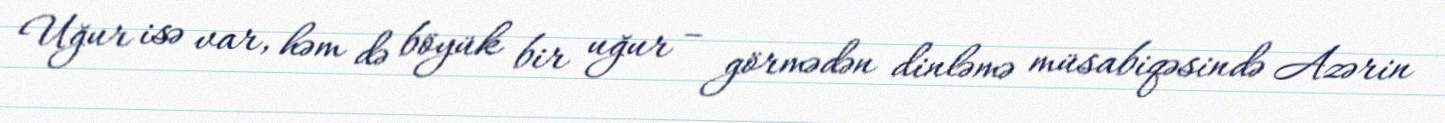
Uğur isə var, həm də böyük bir uğur – görmədən dinləmə müsabiqəsində Azərin